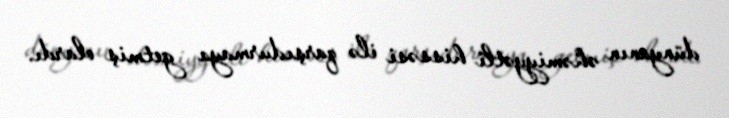
dünyanın əhəmiyyətli hissəsi ilə qarşıdurmaya getmiş olardı.